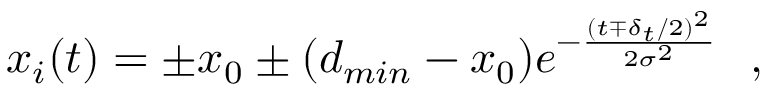
x _ { i } ( t ) = \pm x _ { 0 } \pm ( d _ { m i n } - x _ { 0 } ) e ^ { - \frac { ( t \mp \delta _ { t } / 2 ) ^ { 2 } } { 2 \sigma ^ { 2 } } } \ \ ,